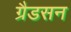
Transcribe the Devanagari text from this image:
ग्रैडसन